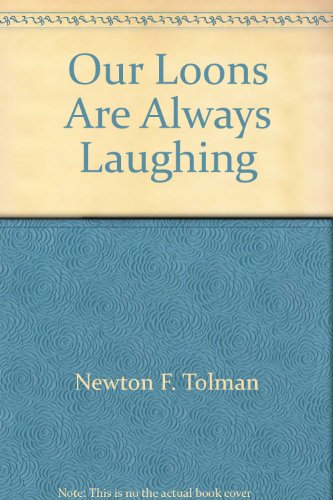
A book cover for Our Loons Are Always Laughing; Newton F. Tolman; Travel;